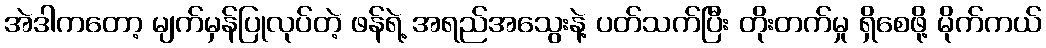
အဲဒါကတော့ မျက်မှန်ပြုလုပ်တဲ့ ဖန်ရဲ့ အရည်အသွေးနဲ့ ပတ်သက်ပြီး တိုးတက်မှု ရှိစေဖို့ မိုက်ကယ်